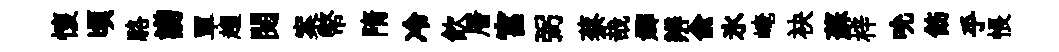
懷頃駱謭單趨閱案幣隋冷飮層宮弼蔡哉嫏辨兪氷崦袂蘇梓吮飭乎悵